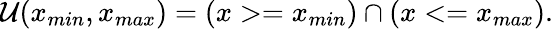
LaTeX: \mathcal{U}(x_{min},x_{max})=(x>=x_{min})\cap(x<=x_{max}).